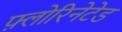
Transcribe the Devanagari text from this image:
फ़्लोरिनेटेड